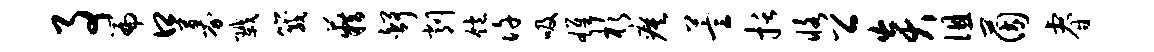
事篇口募戮箴籍舒削饱许吸雄杉瘼萱括恪公炎徂茵睿